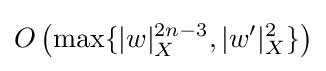
O\left(\max\{|w|_{X}^{2n-3},|w'|_{X}^{2}\}\right)